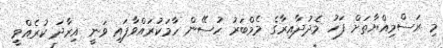
މި ރަސްމިއްޔާތަށް ފަހު މެދުދާއިރާގެ މެމްބަރު ހުސޭން ހާމަކުރައްވާފައި ވަނީ އިރާދަ ކުރެއްވީ